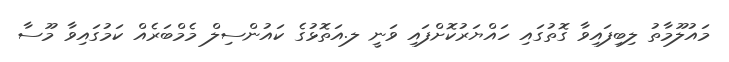
މައުލޫމާތު ލިބިފައިވާ ގޮތުގައި ހައްޔަރުކޮށްފައި ވަނީ ލ.އަތޮޅުގެ ކައުންސިލް މެމްބަރެއް ކަމުގައިވާ މޫސާ